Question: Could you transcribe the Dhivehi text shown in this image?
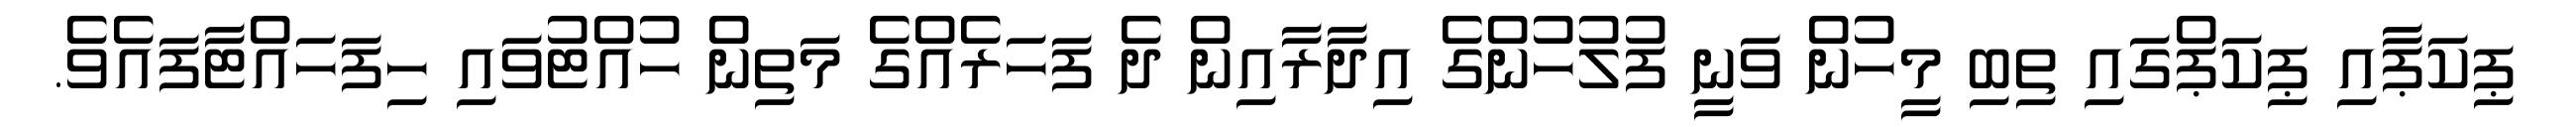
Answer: ޕިކަޕާއި ޕިކަޕްގައި ތިބި މީހުން ވަނީ ފުލުހުންގެ އިދާރާއިން ދެ ފަހަރެއްގެ މަތިން ހުއްޓުވައި ހިފަހައްޓާފައެވެ.